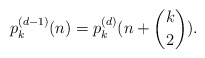
\begin{align*}p_k^{(d-1)}(n)= p_k^{(d)}(n+ {k \choose 2}) .\end{align*}